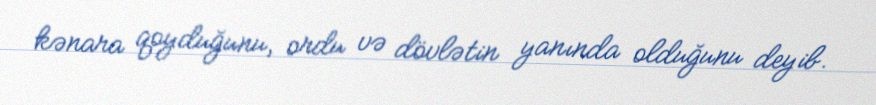
kənara qoyduğunu, ordu və dövlətin yanında olduğunu deyib.